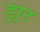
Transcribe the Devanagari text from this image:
ड्रा्ट